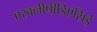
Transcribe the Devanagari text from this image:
एस्क्लीपीडिएसिई